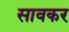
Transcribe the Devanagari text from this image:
सावकर